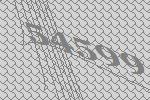
54599